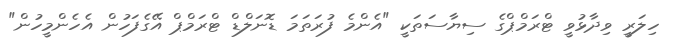
ހިލަރީ ވިދާޅުވީ ޓްރަމްޕްގެ ސިޔާސަތަކީ "އެންމެ ފުރަތަމަ ޑޮނަލްޑް ޓްރަމްޕް އޭގެފަހުން އެހެންމީހުން"